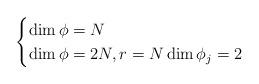
LaTeX: \begin{align*} \begin{cases} \dim\phi=N & \\ \dim\phi=2N, r=N \dim\phi_j=2 & \end{cases} \end{align*}